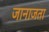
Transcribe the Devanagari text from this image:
जानाजता